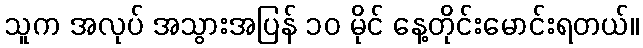
သူက အလုပ် အသွားအပြန် ၁၀ မိုင် နေ့တိုင်းမောင်းရတယ်။